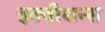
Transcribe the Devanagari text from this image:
इक्‍वीशन्‍स